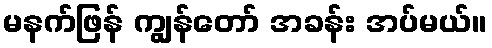
မနက်ဖြန် ကျွန်တော် အခန်း အပ်မယ်။